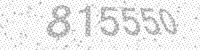
Solution: 815550